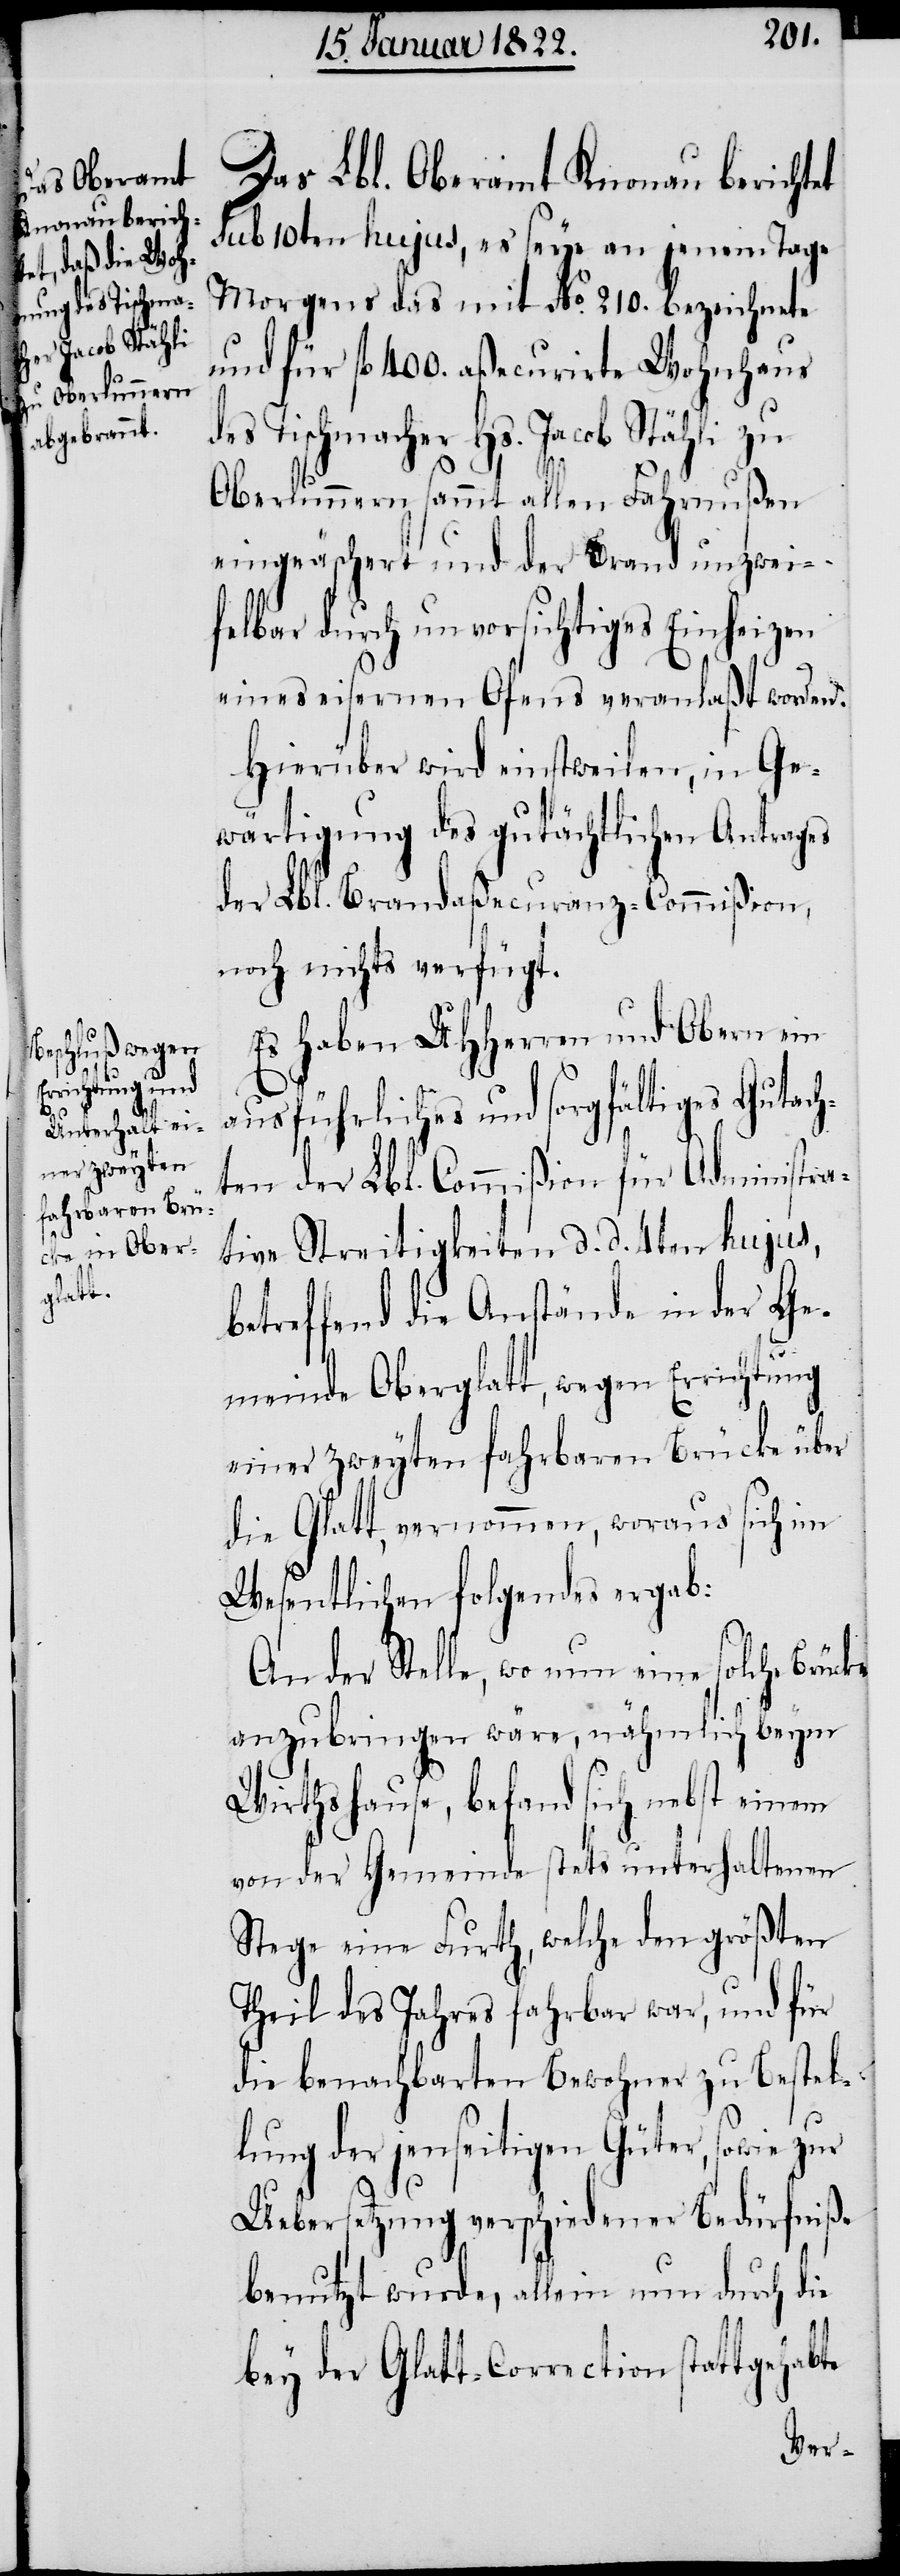
Das Lbl. Oberamt Knonau berichtet
sub 10ten hujus, es seye an jenem Tage
Morgens das mit No. 210. bezeichnete
und für fl. 400. aßecurirte Wohnhaus
des Tischmacher Hs. Jacob Stähli zu
Oberlunnern sammt allen Fahrnußen
eingeäschert und der Brand unzwei¬
felbar durch unvorsichtiges Einheizen
eines eisernen Ofens veranlaßt worden.
Hierüber wird einstweilen, in Ge¬
wärtigung des gutächtlichen Antrages
der Lbl. Brandaßecuranz-Commißion,
noch nichts verfügt.
Es haben UHHerren und Obern ein
ausführliches und sorgfältiges Gutach¬
ten der Lbl. Commißion für Administra¬
tive Streitigkeiten d. d. 4ten hujus,
betreffend die Anstände in der Ge¬
meinde Oberglatt, wegen Errichtung
einer zweyten fahrbaren Brücke über
die Glatt, vernommen, woraus sich im
Wesentlichen folgendes ergab:
An der Stelle, wo nun eine solche Brücke
anzubringen wäre, nähmlich beym
Wirthshause, befand sich nebst einem
von der Gemeinde stets unterhaltenen
Stege eine Furth, welche den größten
Theil des Jahres fahrbar war, und für
die benachbarten Bewohner zu Bestel¬
lung der jenseitigen Güter, sowie zur
Uebersetzung verschiedener Bedürfniße
benutzt wurde, allein nun durch die
bey der Glatt-Correction stattgehabte